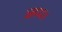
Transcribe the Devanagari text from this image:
सप।